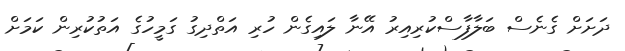
ދަށަށް ގެނެސް ބަލާފާސްކުރިއިރު އޭނާ ލައިގެން ހުރި އަތްދިގު ގަމީހުގެ އަތުކުރިން ކަމަށް